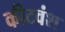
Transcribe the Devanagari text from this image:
कीटवंश